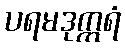
ပရမဒုက္ကရံ